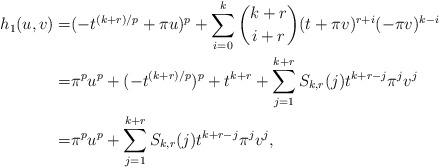
LaTeX: \begin{align*}h_1(u, v)=&(-t^{(k+r)/p}+\pi u)^p+\sum\limits_{i=0}^k\dbinom{k+r}{i+r}(t+\pi v)^{r+i}(-\pi v)^{k-i}\\=&\pi^pu^p+(-t^{(k+r)/p})^p+t^{k+r}+\sum_{j=1}^{k+r}S_{k, r}(j)t^{k+r-j}\pi^jv^j\\=&\pi^pu^p+\sum_{j=1}^{k+r}S_{k, r}(j)t^{k+r-j}\pi^jv^j,\end{align*}